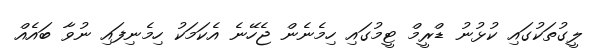
ލީގުތަކުގައި ކުޅުނު ޑްރީމް ޓީމުގައި ހިމެނެން ޖެހޭނެ އެކަމަކު ހިމެނިފައި ނުވާ ބައެއް